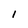
Character: 1